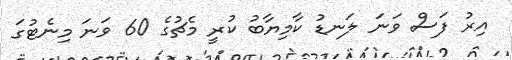
އިރު ފަސް ވަނަ ލަނޑު ކާމިޔާބު ކުރީ މެޗުގެ 60 ވަނަ މިނެޓުގަ